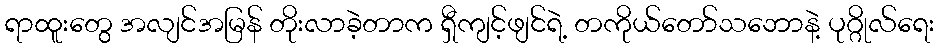
ရာထူးတွေ အလျင်အမြန် တိုးလာခဲ့တာက ရှီကျင့်ဖျင်ရဲ့ တကိုယ်တော်သဘောနဲ့ ပုဂ္ဂိုလ်ရေး